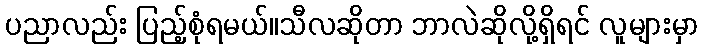
ပညာလည်း ပြည့်စုံရမယ်။သီလဆိုတာ ဘာလဲဆိုလို့ရှိရင် လူများမှာ